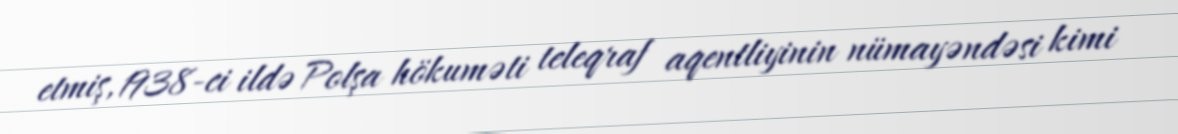
etmiş, 1938-ci ildə Polşa hökuməti teleqraf aqentliyinin nümayəndəsi kimi